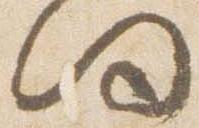
向